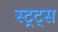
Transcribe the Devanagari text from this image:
स्ट्रट्स